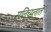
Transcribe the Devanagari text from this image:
सलिच्य्लाते